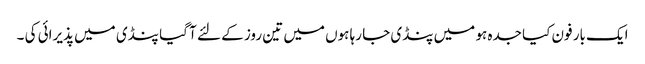
ایک بار فون کیا جدہ ہو میں پنڈی جا رہا ہوں میں تین روز کے لئے آ گیا پنڈی میں پذیرائی کی ۔